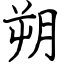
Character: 朔